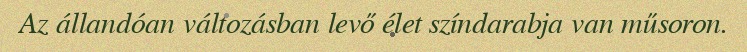
Az állandóan változásban levő élet színdarabja van műsoron.